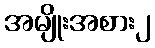
အမျိုးအစား၂